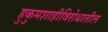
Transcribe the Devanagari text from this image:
हुकुमशाहीविरोधातील